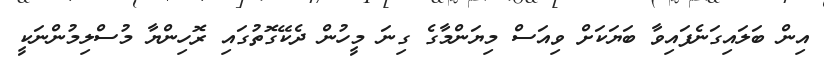
އިން ބަލައިގަނެފައިވާ ބަޔަކަށް ވިއަސް މިޔަންމާގެ ގިނަ މީހުން ދެކޭގޮތުގައި ރޮހިންޔާ މުސްލިމުންނަކީ